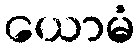
ယောမံ